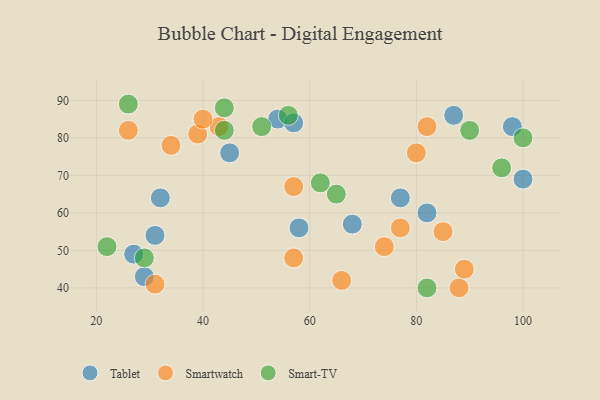
{"axis": {"x": "GDP", "y": "Life Expectancy"}, "legend": ["Smart-TV", "Smartwatch", "Tablet"], "data": [{"x": "27", "y": 49, "type": "Tablet"}, {"x": "29", "y": 43, "type": "Tablet"}, {"x": "32", "y": 64, "type": "Tablet"}, {"x": "87", "y": 86, "type": "Tablet"}, {"x": "54", "y": 85, "type": "Tablet"}, {"x": "58", "y": 56, "type": "Tablet"}, {"x": "31", "y": 54, "type": "Tablet"}, {"x": "100", "y": 69, "type": "Tablet"}, {"x": "57", "y": 84, "type": "Tablet"}, {"x": "77", "y": 64, "type": "Tablet"}, {"x": "68", "y": 57, "type": "Tablet"}, {"x": "82", "y": 60, "type": "Tablet"}, {"x": "98", "y": 83, "type": "Tablet"}, {"x": "45", "y": 76, "type": "Tablet"}, {"x": "85", "y": 55, "type": "Smartwatch"}, {"x": "88", "y": 40, "type": "Smartwatch"}, {"x": "39", "y": 81, "type": "Smartwatch"}, {"x": "77", "y": 56, "type": "Smartwatch"}, {"x": "31", "y": 41, "type": "Smartwatch"}, {"x": "43", "y": 83, "type": "Smartwatch"}, {"x": "74", "y": 51, "type": "Smartwatch"}, {"x": "57", "y": 67, "type": "Smartwatch"}, {"x": "89", "y": 45, "type": "Smartwatch"}, {"x": "80", "y": 76, "type": "Smartwatch"}, {"x": "82", "y": 83, "type": "Smartwatch"}, {"x": "34", "y": 78, "type": "Smartwatch"}, {"x": "26", "y": 82, "type": "Smartwatch"}, {"x": "40", "y": 85, "type": "Smartwatch"}, {"x": "66", "y": 42, "type": "Smartwatch"}, {"x": "57", "y": 48, "type": "Smartwatch"}, {"x": "100", "y": 80, "type": "Smart-TV"}, {"x": "90", "y": 82, "type": "Smart-TV"}, {"x": "44", "y": 88, "type": "Smart-TV"}, {"x": "22", "y": 51, "type": "Smart-TV"}, {"x": "26", "y": 89, "type": "Smart-TV"}, {"x": "65", "y": 65, "type": "Smart-TV"}, {"x": "56", "y": 86, "type": "Smart-TV"}, {"x": "82", "y": 40, "type": "Smart-TV"}, {"x": "51", "y": 83, "type": "Smart-TV"}, {"x": "44", "y": 82, "type": "Smart-TV"}, {"x": "96", "y": 72, "type": "Smart-TV"}, {"x": "62", "y": 68, "type": "Smart-TV"}, {"x": "29", "y": 48, "type": "Smart-TV"}]}